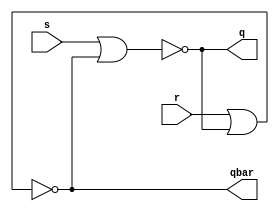
`timescale 1ns / 1ps
//////////////////////////////////////////////////////////////////////////////////
// Company: 
// Engineer: 
// 
// Design Name: 
// Module Name: sr_norlatch
// Project Name: 
// Target Devices: 
// Tool Versions: 
// Description: 
// 
// Dependencies: 
// 
// Revision:
// Revision 0.01 - File Created
// Additional Comments:
// 
//////////////////////////////////////////////////////////////////////////////////


module sr_norlatch(s,r,q,qbar);
input s,r;
output q,qbar;
nor n1(q,s,qbar);
nor n2(qbar,r,q);
endmodule